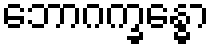
ဘောဂက္ခန္ဓော